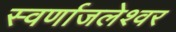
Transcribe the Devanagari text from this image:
स्वर्णाजलेश्वर